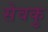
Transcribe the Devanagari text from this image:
सेवकु